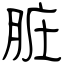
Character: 脏